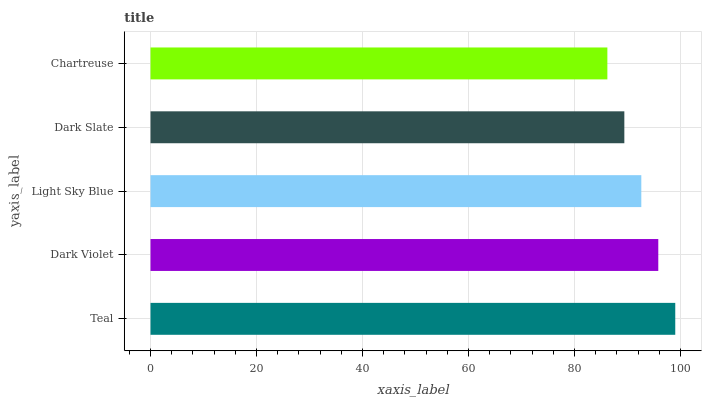
| yaxis_label | bars |
 | --- | --- |
 | Teal | 99 |
 | Dark Violet | 95.8 |
 | Light Sky Blue | 92.6 |
 | Dark Slate | 89.4 |
 | Chartreuse | 86.2 |